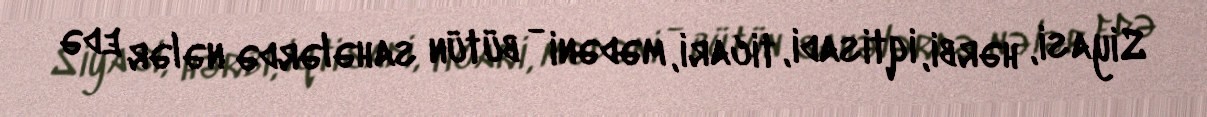
Siyasi, hərbi, iqtisadi, ticari, mədəni - bütün sahələrdə nələr edə